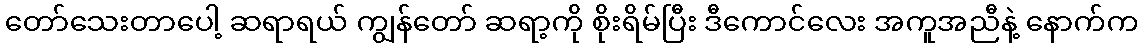
တော်သေးတာပေါ့ ဆရာရယ် ကျွန်တော် ဆရာ့ကို စိုးရိမ်ပြီး ဒီကောင်လေး အကူအညီနဲ့ နောက်က